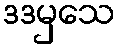
ဒဒမှသေ